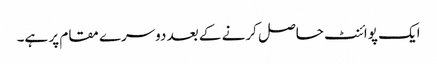
ایک پوائنٹ حاصل کرنے کے بعد دوسرے مقام پر ہے۔